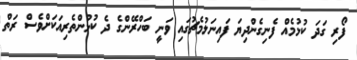
ފޯރި ގަދަ ކުޅުމެއް ފެނިގެންދިޔަ ފައިނަލުމެޗުގައި ވަނީ ބަހްރޭންގެ ދެ ކުޅުންތެރިއަކަށްވެސް ރަތް